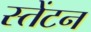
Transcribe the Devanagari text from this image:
स्तेंटन